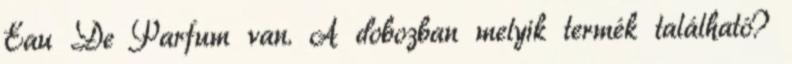
Eau De Parfum van. A dobozban melyik termék található?